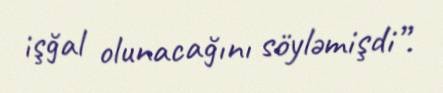
işğal olunacağını söyləmişdi”.